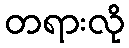
တရားလို